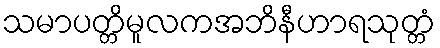
သမာပတ္တိမူလကအဘိနီဟာရသုတ္တံ